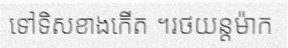
ទៅទិសខាងកើត ។រថយន្តម៉ាក